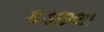
કડછલા